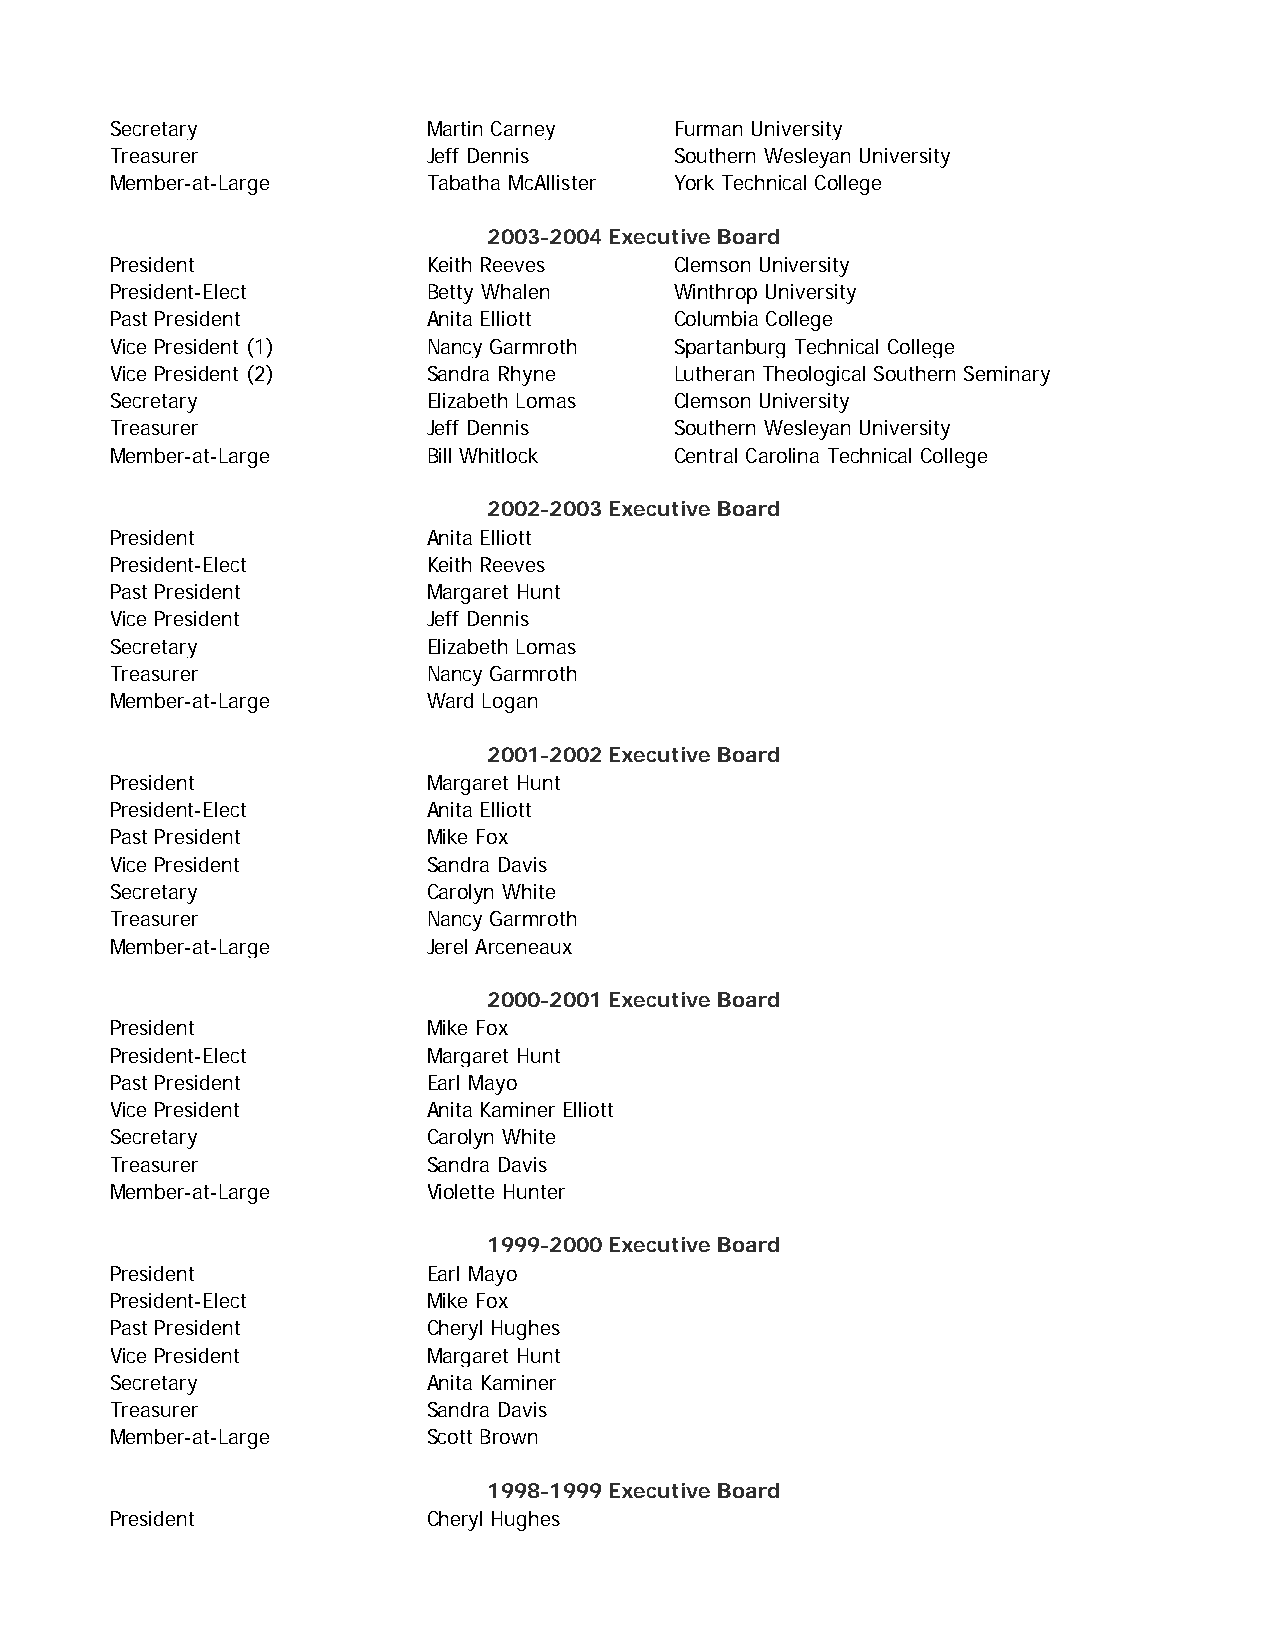
Secretary            Martin Carney   Furman University
 Treasurer            Jeff Dennis     Southern Wesleyan University
 Member-at-Large      Tabatha McAllister York Technical College
 2003-2004 Executive Board
 President            Keith Reeves    Clemson University
 President-Elect      Betty Whalen    Winthrop University
 Past President       Anita Elliott   Columbia College
 Vice President (1)   Nancy Garmroth  Spartanburg Technical College
 Vice President (2)   Sandra Rhyne    Lutheran Theological Southern Seminary
 Secretary            Elizabeth Lomas Clemson University
 Treasurer            Jeff Dennis     Southern Wesleyan University
 Member-at-Large      Bill Whitlock   Central Carolina Technical College
 2002-2003 Executive Board
 President            Anita Elliott
 President-Elect      Keith Reeves
 Past President       Margaret Hunt
 Vice President       Jeff Dennis
 Secretary            Elizabeth Lomas
 Treasurer            Nancy Garmroth
 Member-at-Large      Ward Logan
 2001-2002 Executive Board
 President            Margaret Hunt
 President-Elect      Anita Elliott
 Past President       Mike Fox
 Vice President       Sandra Davis
 Secretary            Carolyn White
 Treasurer            Nancy Garmroth
 Member-at-Large      Jerel Arceneaux
 2000-2001 Executive Board
 President            Mike Fox
 President-Elect      Margaret Hunt
 Past President       Earl Mayo
 Vice President       Anita Kaminer Elliott
 Secretary            Carolyn White
 Treasurer            Sandra Davis
 Member-at-Large      Violette Hunter
 1999-2000 Executive Board
 President            Earl Mayo
 President-Elect      Mike Fox
 Past President       Cheryl Hughes
 Vice President       Margaret Hunt
 Secretary            Anita Kaminer
 Treasurer            Sandra Davis
 Member-at-Large      Scott Brown
 1998-1999 Executive Board
 President            Cheryl Hughes